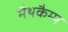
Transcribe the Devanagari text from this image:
मैथकैम्प